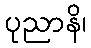
ပုညာနိ၊